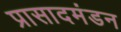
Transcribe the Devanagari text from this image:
प्रासादमंडन